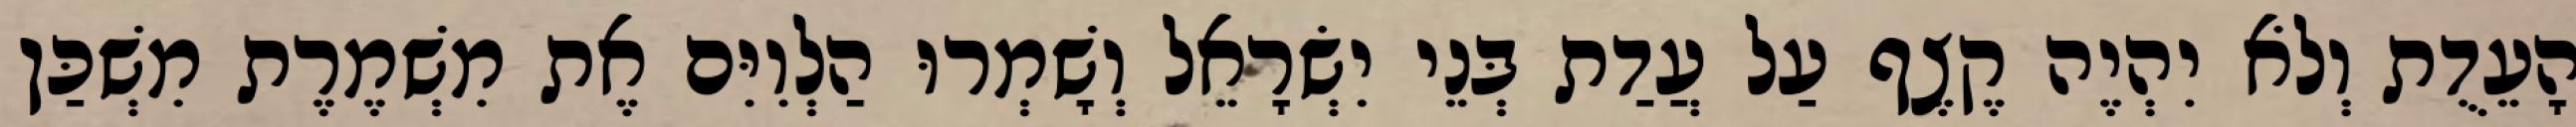
הָעֵדֻת וְלֹא יִהְיֶה קֶצֶף עַל עֲדַת בְּנֵי יִשְׂרָאֵל וְשָׁמְרוּ הַלְוִיִּם אֶת מִשְׁמֶרֶת מִשְׁכַּן